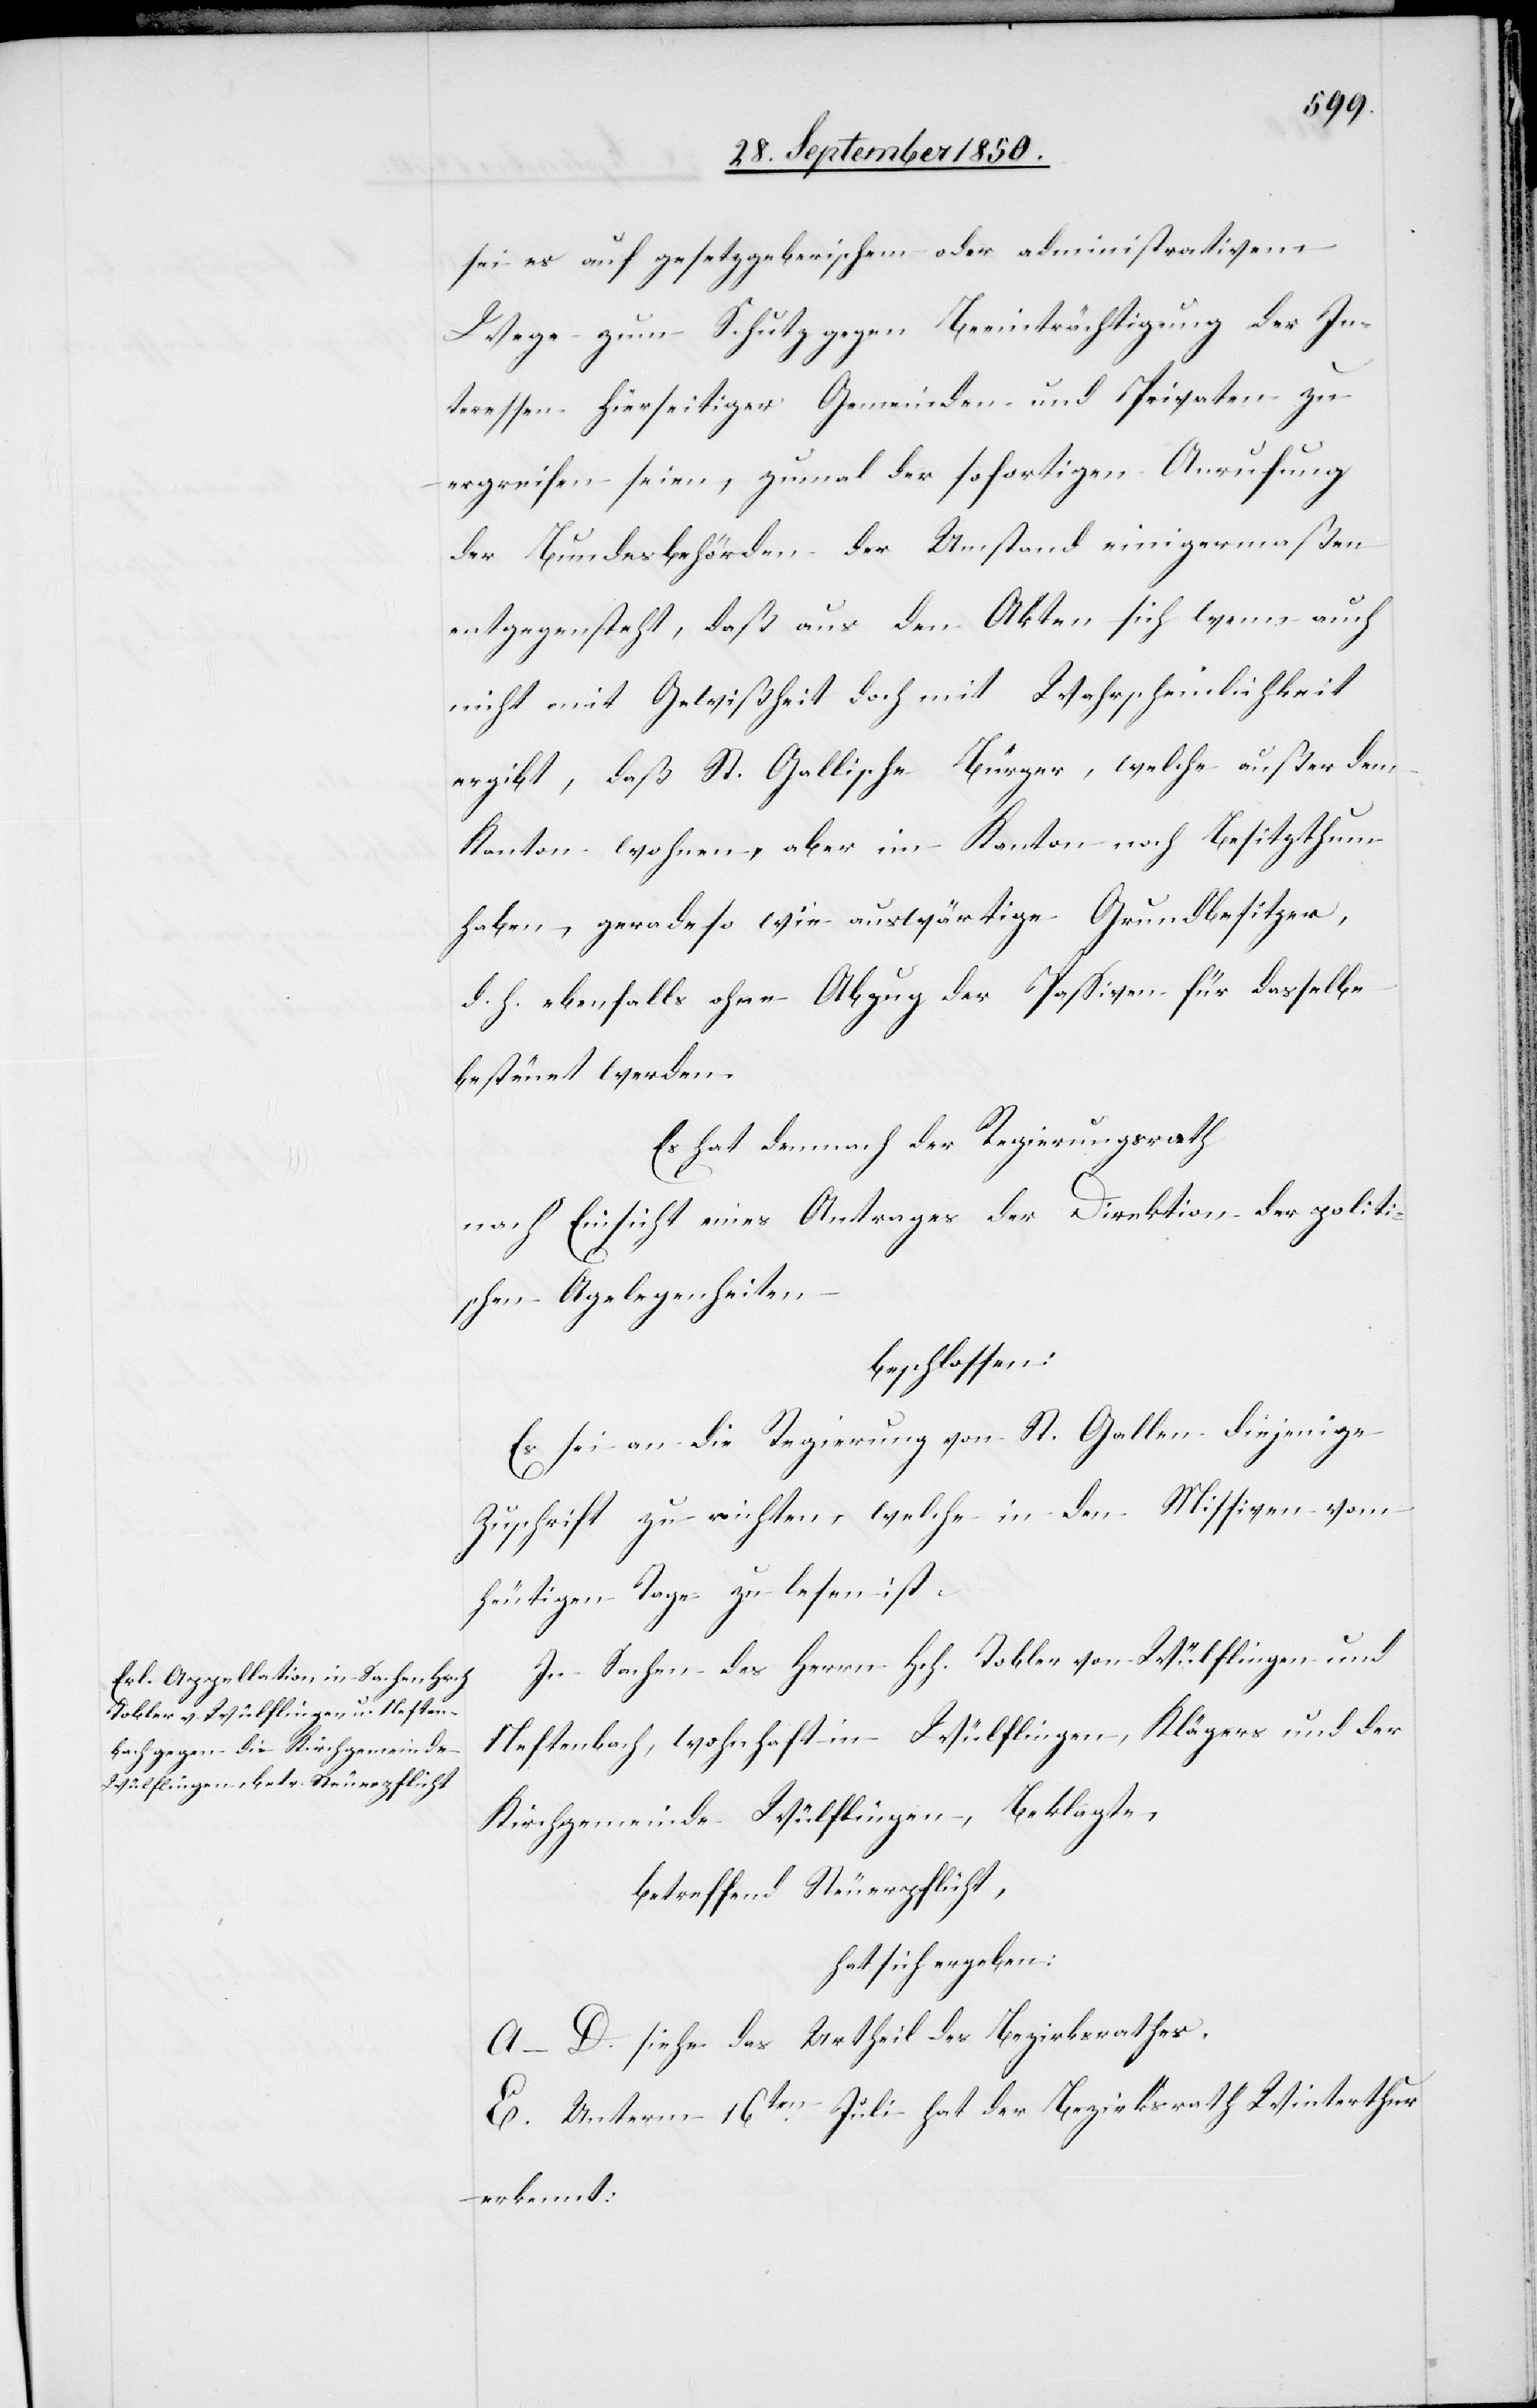
sei es auf gesetzgeberischem oder administrativem
Wege zum Schutz gegen Beeinträchtigung der In¬
teressen hierseitiger Gemeinden und Privaten zu
ergreifen seien, zumal der sofortigen Anrufung
der Bundesbehörden der Umstand einigermaßen
entgegensteht, daß aus den Akten sich wenn auch
nicht mit Gewißheit doch mit Wahrscheinlichkeit
ergibt, daß St. Gallische Bürger, welche außer dem
Kanton wohnen, aber im Kanton noch Besitzthum
haben, gerade so wie auswärtige Grundbesitzer,
d. h. ebenfalls ohne Abzug der Passiven für dasselbe
besteue[r]t werden.
Es hat demnach der Regierungsrath
nach Einsicht eines Antrages der Direktion der politi¬
schen Angelegenheiten
beschlossen.
Es sei an die Regierung von St. Gallen diejenige
Zuschrift zu richten, welche in den Missiven vom
heutigen Tage zu lesen ist.
In Sachen des Herrn Hch. Tobler von Wülflingen und
Neftenbach, wohnhaft in Wülflingen, Klägers und der
Kirchgemeinde Wülflingen, Beklagte,
betreffend Steuerpflicht,
hat sich ergeben:
A−D. siehe das Urtheil des Bezirksrathes.
E. Unterm 16ten Juli hat der Bezirksrath Winterthur
erkennt: